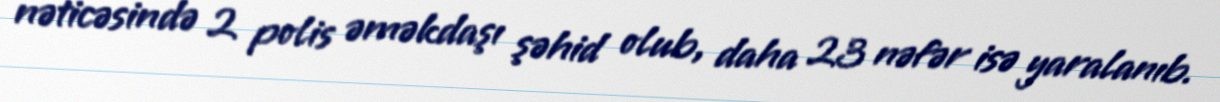
nəticəsində 2 polis əməkdaşı şəhid olub, daha 23 nəfər isə yaralanıb.